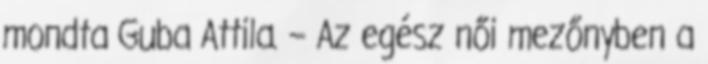
mondta Guba Attila. – Az egész női mezőnyben a